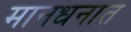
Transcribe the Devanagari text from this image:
मानधनात